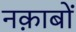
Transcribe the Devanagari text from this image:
नक़ाबों